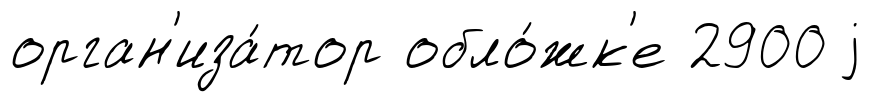
орган'иза́тор обло́жк'е 2900 j